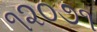
૧૨૦૭૧